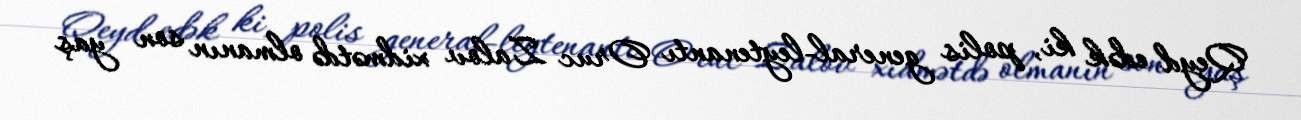
Qeyd edək ki, polis general-leytenantı Oruc Zalov xidmətdə olmanın son yaş